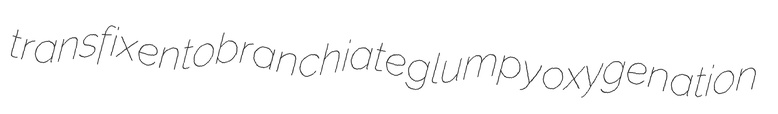
transfix entobranchiate glumpy oxygenation